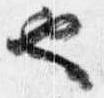
也